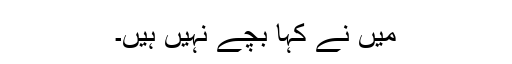
میں نے کہا بچے نہیں ہیں۔